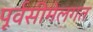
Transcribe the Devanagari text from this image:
पूर्वसीमेलगत